Report on sanitation, dispensaries, and jails in Rajputana for 1913, and on vaccination for the year 1913-1914 - 1913-1914
Year: 1913
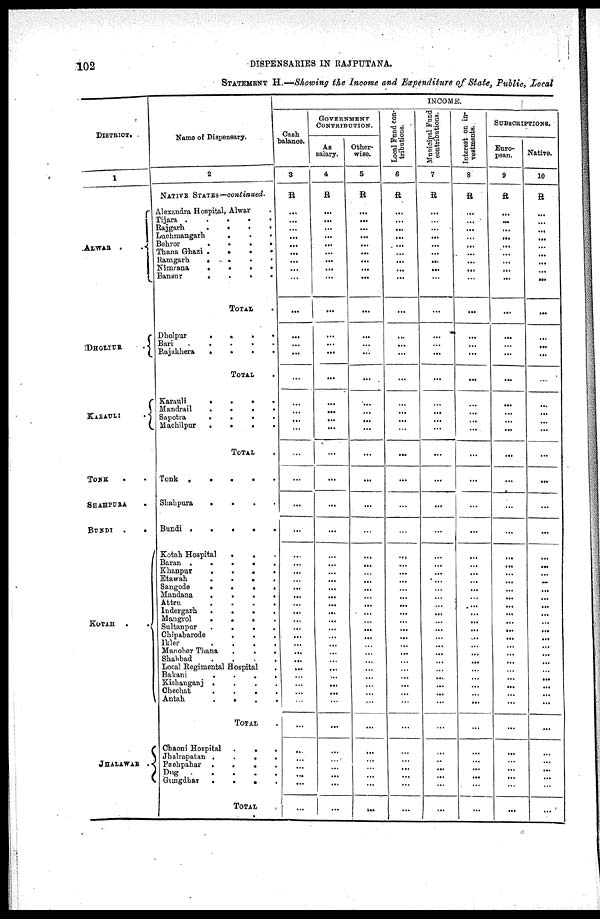
102
DISPENSARIES IN RAJPUTANA.
STATEMENT H.—Showing the Income and Expenditure of State, Public, Local
DISTRICT.
1
ALWAR
DHOLPUR
KARAULI
.
TONK . .
SHAHPURA .
BUNDI
.
.
KOTAH .
.
JHALAWAR .
Name of Dispensary.
2
NATIVE STATES—continued.
Alexandra Hospital, Alwar .
Tijara
.
.
.
.
.
Rajgarh
.
.
.
.
Luchmangarh
.
.
.
Behror
.
.
.
.
Thana Ghazi . . . .
Ramgarh
.
.
.
.
Nimrana
.
.
.
.
Bansur
.
.
.
.
TOTAL .
Dholpur
.
.
.
.
Bari
.
.
.
.
Rajakhera
.
.
.
.
TOTAL .
Karauli
.
.
.
.
Mandrail
.
.
.
.
Sapotra
.
.
.
.
Machilpur
.
.
.
.
TOTAL .
Tonk
.
.
.
.
Shahpura
. . . .
Bundi .
.
.
.
.
Kotah Hospital
.
.
Baran
.
.
.
.
.
Khanpur
.
.
.
.
Etawah
.
.
.
Sangode
.
.
.
.
Mondana
.
.
.
.
Attru
.
.
.
.
Indergarh
.
.
.
.
Mangrol
.
.
. .
Sultanpur
.
.
.
.
Chipabarode . . .
Ikler
. . . . .
Manoher Thana
.
.
.
Shahbad
. . . .
Local Regimental Hospital .
Bakani
.
.
.
.
Kishanganj . . . .
Chechat
.
.
.
.
Antah
.
.
.
.
TOTAL .
Chaoni Hospital
.
.
.
Jhslrapatan .
.
.
.
Pachpahar
.
.
.
.
Dug
.
.
.
.
.
Gungdhar
.
.
.
.
TOTAL
INCOME.
Cash
balance.
3
R
...
...
...
...
...
...
...
...
...
...
...
...
...
...
...
...
...
...
...
...
...
...
...
...
...
...
...
...
...
...
...
...
...
...
...
...
...
...
...
...
...
...
...
...
...
...
...
...
GOVERNMENT
CONTRIBUTION.
As
salary.
4
R
...
...
...
...
...
...
...
...
...
...
...
...
...
...
...
...
...
...
...
...
...
...
...
...
...
...
...
...
...
...
...
...
...
...
...
...
...
...
...
...
...
...
...
...
...
...
...
...
Other-
wise.
5
R
...
...
...
...
...
...
...
...
...
...
...
...
...
...
...
...
...
...
...
...
...
...
...
...
...
...
...
...
...
...
...
...
...
...
...
...
...
...
...
...
...
...
...
...
...
...
...
...
Local Fund con-
tributions.
6
R
...
...
...
...
...
...
...
...
...
...
...
...
...
...
...
...
...
...
...
...
...
...
...
...
...
...
...
...
...
...
...
...
...
...
...
...
...
...
...
...
...
...
...
...
...
...
...
. . .
Municipal Fund
contributions.
7
R
...
...
...
...
...
...
...
...
...
...
...
...
...
...
...
...
...
...
...
...
...
...
...
...
...
...
...
...
...
...
...
...
...
...
...
...
...
...
...
...
...
...
...
...
...
...
...
...
Interest on in¬
vestments.
8
R
...
...
...
...
...
...
...
...
...
...
...
...
...
...
...
...
...
...
...
...
...
...
...
...
...
...
...
...
...
...
...
...
...
...
...
...
...
...
...
...
...
...
...
...
...
...
...
...
SUBSCRIPTIONS.
Euro-
pean.
9
R
...
...
...
...
...
...
...
...
...
...
...
...
...
...
...
...
...
...
...
...
...
...
...
...
...
...
...
...
...
...
...
...
...
...
...
...
...
...
...
...
...
...
...
...
...
...
...
...
Native.
10
R
...
...
...
...
...
...
...
...
...
...
...
...
...
...
...
...
...
...
...
...
...
...
...
...
...
...
...
...
...
...
...
...
...
...
...
...
...
...
...
...
...
...
...
...
...
...
...
...